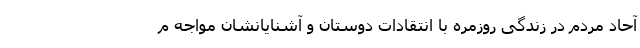
آحاد مردم در زندگی روزمره با انتقادات دوستان و آشنایانشان مواجه م